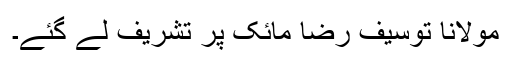
مولانا توسیف رضا مائک پر تشریف لے گئے۔